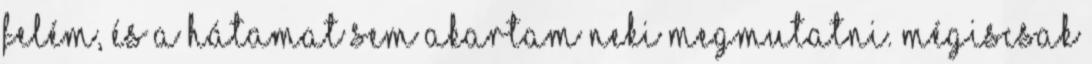
felém, és a hátamat sem akartam neki megmutatni. Mégiscsak